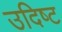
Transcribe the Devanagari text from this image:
उदिष्‍ट